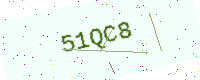
Text: 51QC8